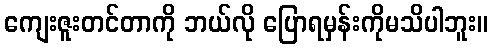
ကျေးဇူးတင်တာကို ဘယ်လို ပြောရမှန်းကိုမသိပါဘူး။